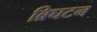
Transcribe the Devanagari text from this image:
ब्रिघटन